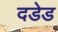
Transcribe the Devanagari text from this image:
दडेड